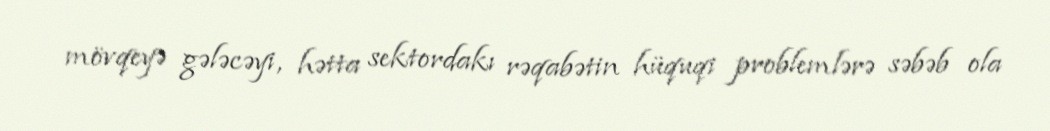
mövqeyə gələcəyi, hətta sektordakı rəqabətin hüquqi problemlərə səbəb ola